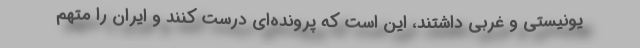
یونیستی و غربی داشتند، این است که پرونده‌ای درست کنند و ایران را متهم